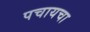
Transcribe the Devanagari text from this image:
पचायचा